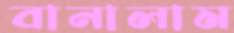
বানালাম